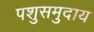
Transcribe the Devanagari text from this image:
पशुसमुदाय